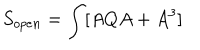
S _ { o p e n } = \int [ A Q A + A ^ { 3 } ]